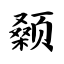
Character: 颡